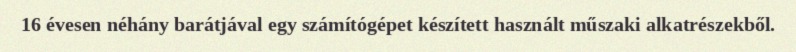
16 évesen néhány barátjával egy számítógépet készített használt műszaki alkatrészekből.